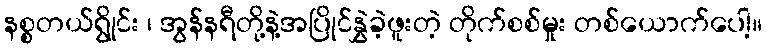
နစ္စတယ်ရွိုင်း ၊ အွန်နရီတို့နဲ့အပြိုင်နွှဲခဲ့ဖူးတဲ့ တိုက်စစ်မှုး တစ်ယောက်ပေါ့။